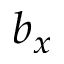
b _ { x }